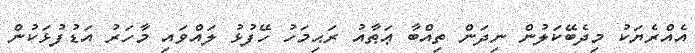
އެއްރެޔަކު މިދެބޭކަލުން ނިދަން ތިއްބާ ޢަޠާއު ރަޙިމަހު ހޭފުޅު ލައްވައި މާހަރު އަޑުފުޅަކުން